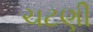
ચટણી